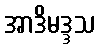
အာဒိမဒ္ဒသ